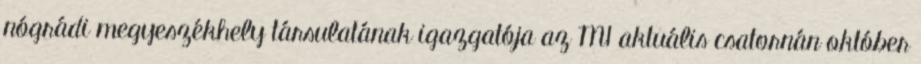
nógrádi megyeszékhely társulatának igazgatója az M1 aktuális csatornán október